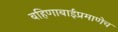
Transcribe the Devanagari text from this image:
बहिणाबाईप्रमाणेच